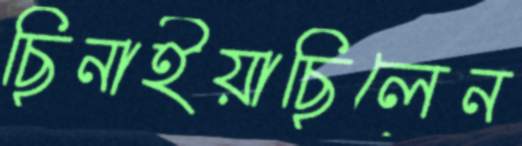
ছিনাইয়াছিলেন